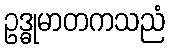
ဥဒ္ဓုမာတကသညံ